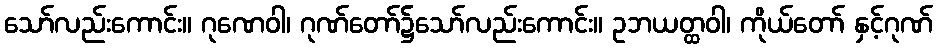
သော်လည်းကောင်း။ ဂုဏေဝါ၊ ဂုဏ်တော်၌သော်လည်းကောင်း။ ဥဘယတ္ထဝါ၊ ကိုယ်တော် နှင့်ဂုဏ်